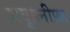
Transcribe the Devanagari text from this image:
अबूहनीफ़ा